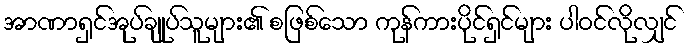
အာဏာရှင်အုပ်ချုပ်သူများ၏ စဖြစ်သော ကုန်ကားပိုင်ရှင်များ ပါဝင်လိုလျှင်